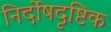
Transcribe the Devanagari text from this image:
निर्दोषदृष्टिक